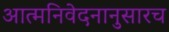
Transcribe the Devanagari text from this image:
आत्मनिवेदनानुसारच